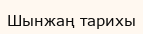
Шынжаң тарихы